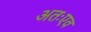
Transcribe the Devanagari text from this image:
अतःएव